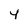
Character: 4